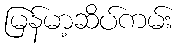
မြန်မာ့ဆိပ်ကမ်း